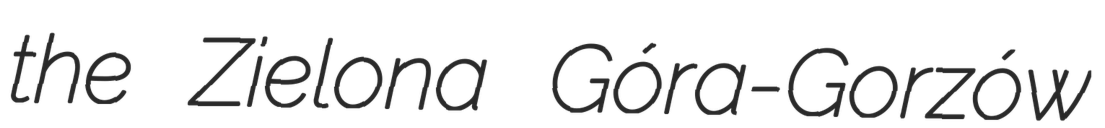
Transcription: the Zielona Góra-Gorzów